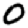
Digit: 0